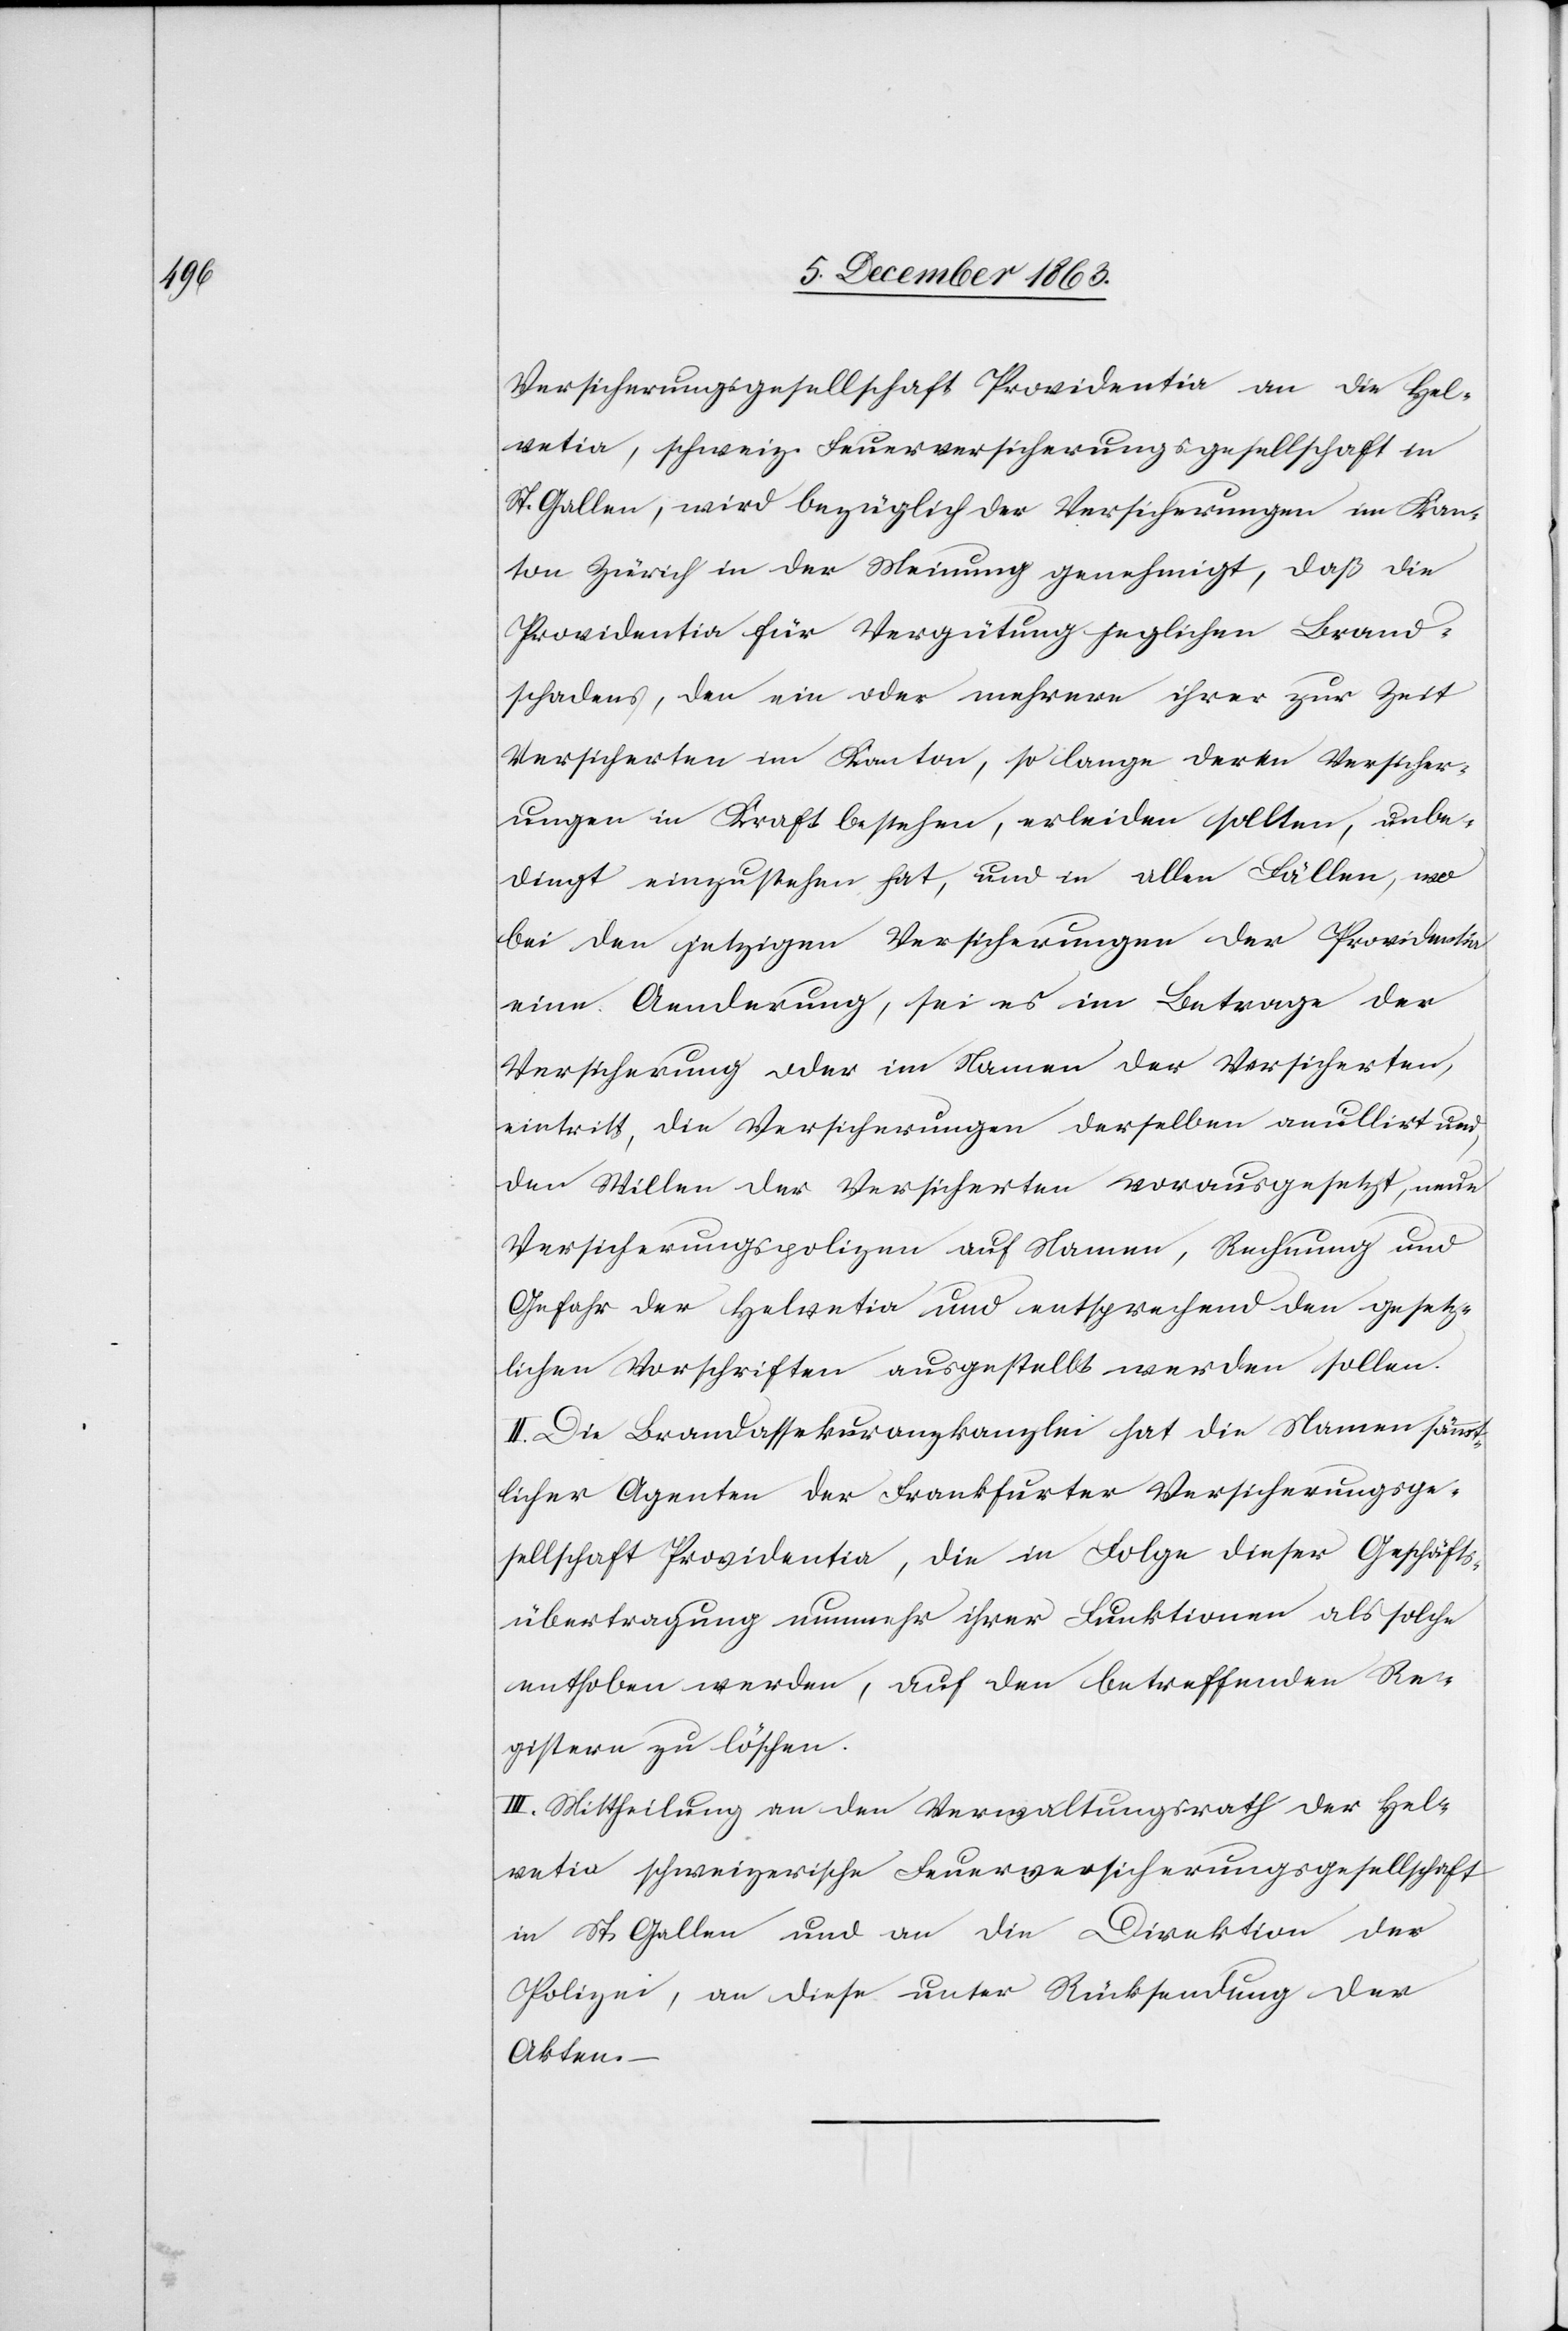
Versicherungsgesellschaft Providentia an die Hel¬
vetia, schweiz. Feuerversicherungsgesellschaft in
St. Gallen, wird bezüglich der Versicherungen im Kan¬
ton Zürich in der Meinung genehmigt, daß die
Providentia für Vergütung jeglichen Brand¬
schadens, den ein oder mehrere ihrer zur Zeit
Versicherten im Kanton, so lange deren Versicher¬
ungen in Kraft bestehen, erleiden sollten, unbe¬
dingt einzustehen hat, und in allen Fällen, wo
bei den jetzigen Versicherungen der Providentia
eine Aenderung, sei es im Betrage der
Versicherung oder im Namen der Versicherten,
eintritt, die Versicherungen derselben anullirt und,
den Willen der Versicherten vorausgesetzt, neue
Versicherungspolizen auf Namen, Rechnung und
Gefahr der Helvetia und entsprechend den gesetz¬
lichen Vorschriften ausgestellt werden sollen.
II. Die Brandassekuranzkanzlei hat die Namen sämmt¬
licher Agenten der Frankfurter Versicherungsge¬
sellschaft Providentia, die in Folge dieser Geschäfts¬
übertragung nunmehr ihrer Funktionen als solche
enthoben werden, auf den betreffenden Re¬
gistern zu löschen.
III. Mittheilung an den Verwaltungsrath der Hel¬
vetia schweizerische Feuerversicherungsgesellschaft
in St. Gallen und an die Direktion der
Polizei, an diese unter Rücksendung der
Akten.